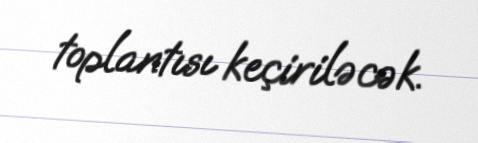
toplantısı keçiriləcək.